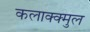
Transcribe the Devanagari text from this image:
कलाक्क्मुल